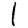
Digit: 1